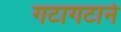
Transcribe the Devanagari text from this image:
गटागटाने